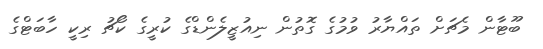
ބޫޓާން މެޗަށް ތައްޔާރު ވުމުގެ ގޮތުން ނިއުޒީލެންޑްގެ ކުރީގެ ކޯޗު ރިކީ ހާބަޓްގެ